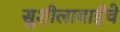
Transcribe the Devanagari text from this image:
सुशीलाबाईंचे